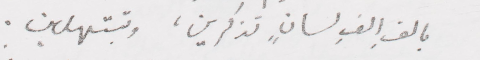
بالف الف لسانٍ تذكرين، وتبتهلين.